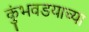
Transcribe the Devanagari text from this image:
कुंभवडयाच्या